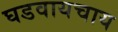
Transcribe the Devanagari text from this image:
घडवायचाय